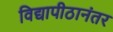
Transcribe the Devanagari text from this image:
विद्यापीठानंतर